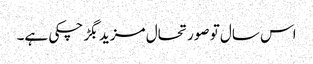
اس سال تو صورتحال مزید بگڑ چکی ہے۔